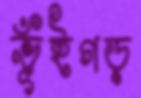
ভূঁইগড়